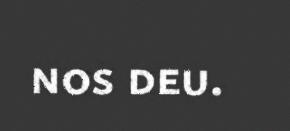
nos deu.